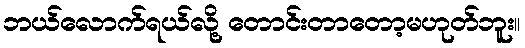
ဘယ်လောက်ရယ်လို့ တောင်းတာတော့မဟုတ်ဘူး။